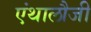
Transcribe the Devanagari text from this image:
एंथालौजी